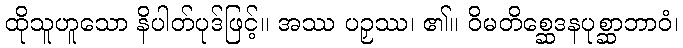
ထိုသူဟူသော နိပါတ်ပုဒ်ဖြင့်။ အဿ ပဉှဿ၊ ၏။ ဝိမတိစ္ဆေဒနပုစ္ဆာဘာဝံ၊